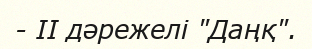
- II дәрежелі "Даңқ".